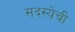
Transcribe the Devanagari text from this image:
सदस्येची